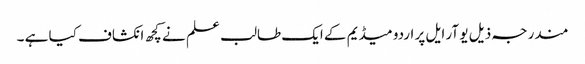
مندرجہ ذیل یو آر ایل پر اردو میڈیم کے ایک طالب علم نے کچھ انکشاف کیا ہے ۔